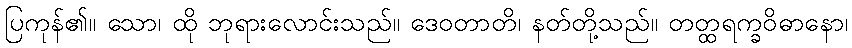
ပြကုန်၏။ သော၊ ထို ဘုရားလောင်းသည်။ ဒေဝတာတိ၊ နတ်တို့သည်။ တတ္ထရက္ခဝိဓာနော၊